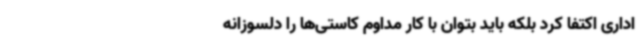
اداری اکتفا کرد بلکه باید بتوان با کار مداوم کاستی‌ها را دلسوزانه